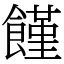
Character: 饉